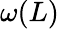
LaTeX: \omega(L)